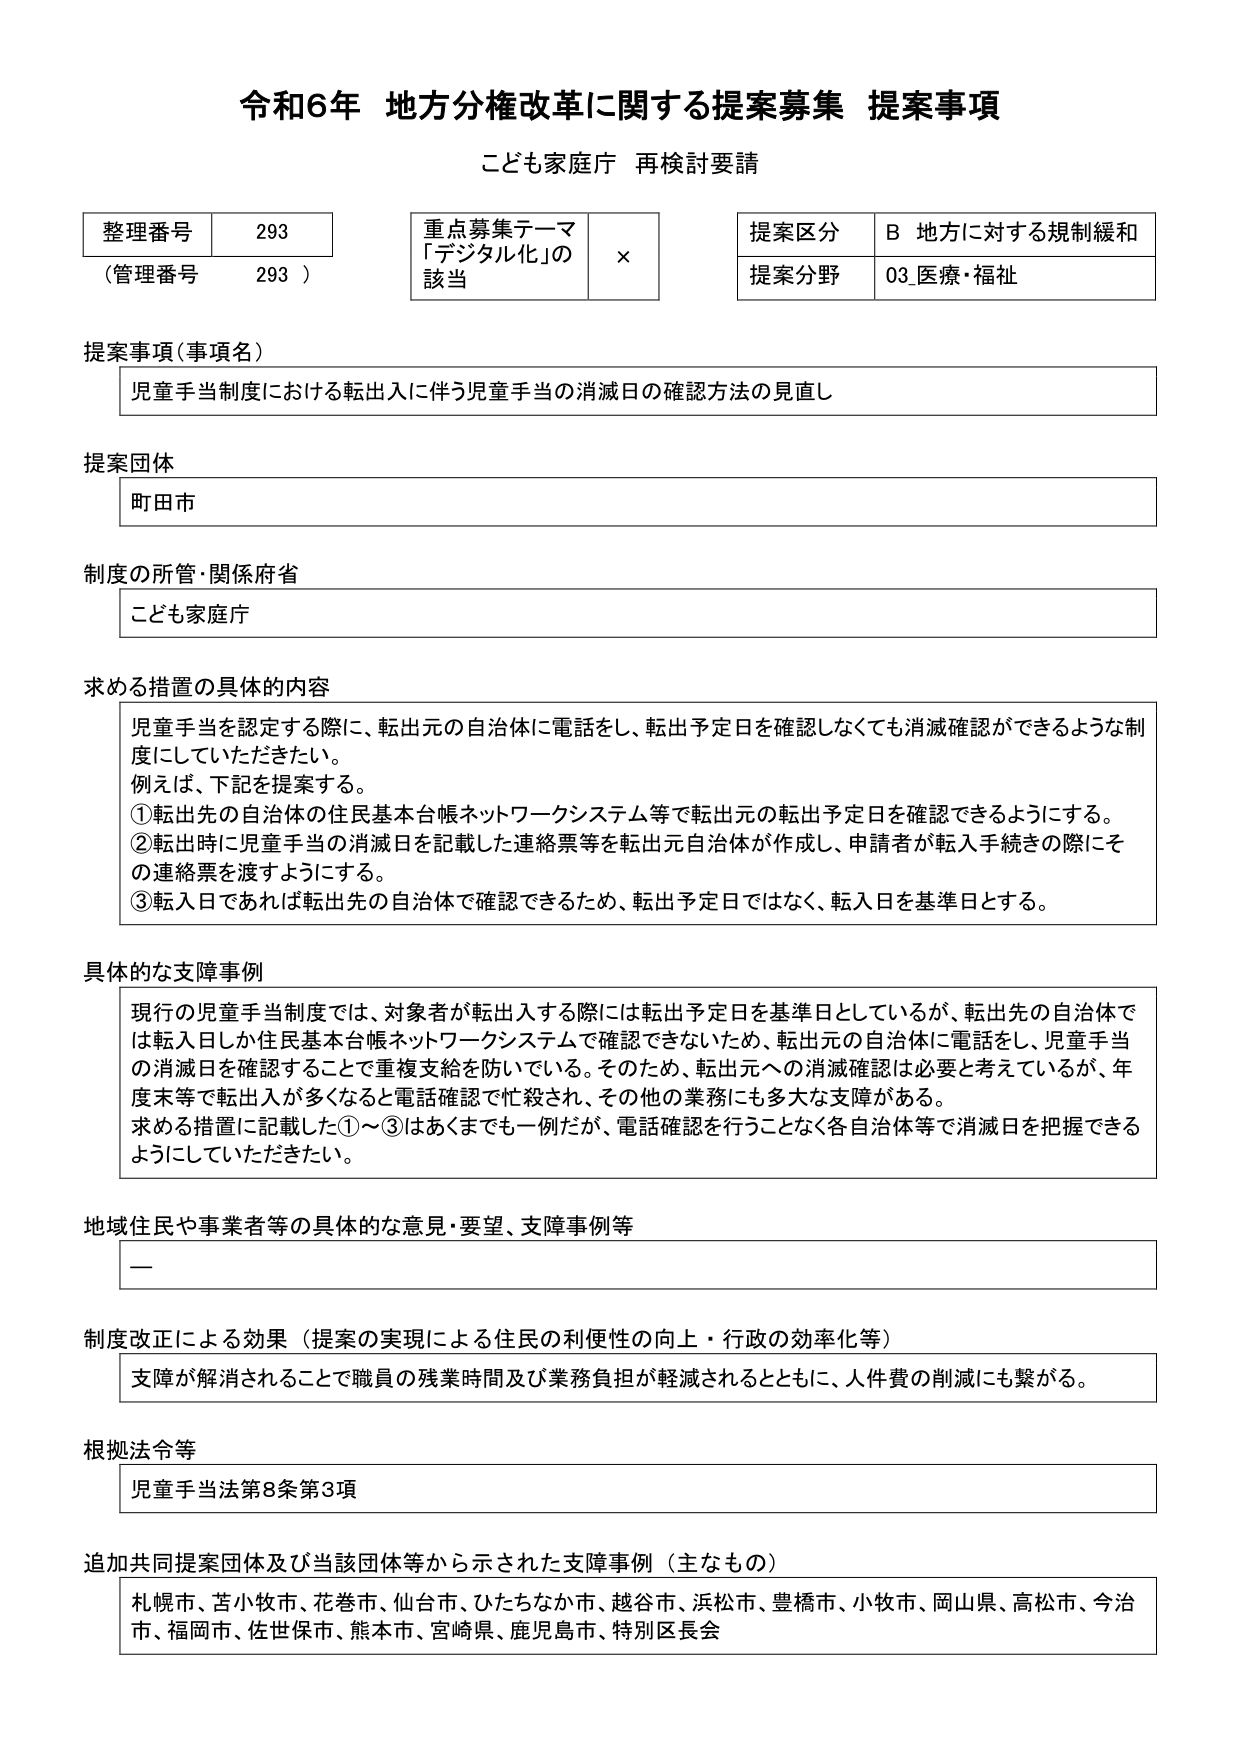
令和6年 地方分権改革に関する提案募集 提案事項
こども家庭庁 再検討要請

整理番号 293
（管理番号 293）

重点募集テーマ
「デジタル化」の該当 ×

提案区分 B 地方に対する規制緩和
提案分野 03 医療・福祉

提案事項（事項名）
児童手当制度における転出入に伴う児童手当の消滅日の確認方法の見直し

提案団体
町田市

制度の所管・関係府省
こども家庭庁

求める措置の具体的内容
児童手当を認定する際に、転出元の自治体に電話をし、転出予定日を確認しなくても消滅確認ができるような制度にしていただきたい。
例えば、下記を提案する。
①転出先の自治体の住民基本台帳ネットワークシステム等で転出元の転出予定日を確認できるようにする。
②転出時に児童手当の消滅日を記載した連絡票等を転出元自治体が作成し、申請者が転入手続きの際にその連絡票を渡すようにする。
③転入日であれば転出先の自治体で確認できるため、転出予定日ではなく、転入日を基準日とする。

具体的な支障事例
現行の児童手当制度では、対象者が転出入する際には転出予定日を基準日としているが、転出先の自治体では転入日しか住民基本台帳ネットワークシステムで確認できないため、転出元の自治体に電話をし、児童手当の消滅日を確認することで重複支給を防いでいる。そのため、転出元への消滅確認は必要と考えているが、年度末まで転出入が多くなると電話確認で忙殺され、その他の業務にも多大な支障がある。
求める措置に記載した①～③はあくまでも一例だが、電話確認を行うことなく各自治体等で消滅日を把握できるようにしていただきたい。

地域住民や事業者等の具体的な意見・要望、支障事例等
ー

制度改正による効果（提案の実現による住民の利便性の向上・行政の効率化等）
支障が解消されることで職員の残業時間及び業務負担が軽減されるとともに、人件費の削減にも繋がる。

根拠法令等
児童手当法第8条第3項

追加共同提案団体及び当該団体等から示された支障事例（主なもの）
札幌市、苫小牧市、花巻市、仙台市、ひたちなか市、越谷市、浜松市、豊橋市、小牧市、岡山県、高松市、今治市、福岡市、佐世保市、熊本市、宮崎県、鹿児島市、特別区長会